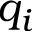
q _ { i }